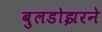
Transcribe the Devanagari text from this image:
बुलडोझरने